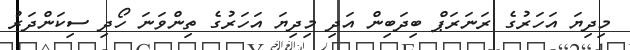
މިދިޔަ އަހަރުގެ ރަނަރަޕް ބިދަބިން އަދި މިދިޔަ އަހަރުގެ ތިންވަނަ ހޯދި ސިކަންދަރު